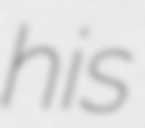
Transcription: his